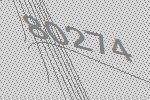
80274